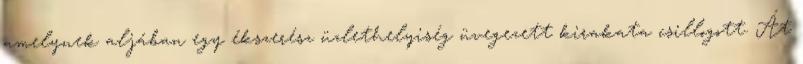
amelynek aljában egy ékszerész üzlethelyiség üvegezett kirakata csillogott. Át